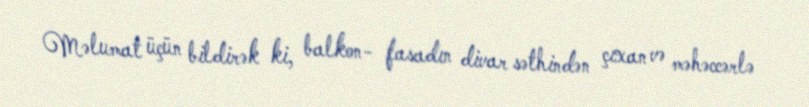
Məlumat üçün bildirək ki, balkon- fasadın divar səthindən çıxan və məhəccərlə